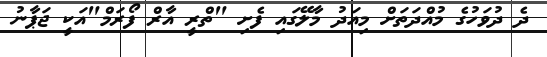
ދެ ދުވަހުގެ މުއްދަތަށް މިއަދު މާލޭގައި ފެށި "ތްރީ އާރް ފޯރަމް"އަކީ ޖަޕާނު